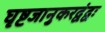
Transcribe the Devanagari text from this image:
घृष्टजानुकरद्वंद्वः